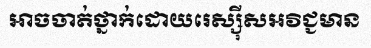
អាចចាត់ថ្នាក់ដោយរេស្ស៊ីសអវិជ្ជមាន